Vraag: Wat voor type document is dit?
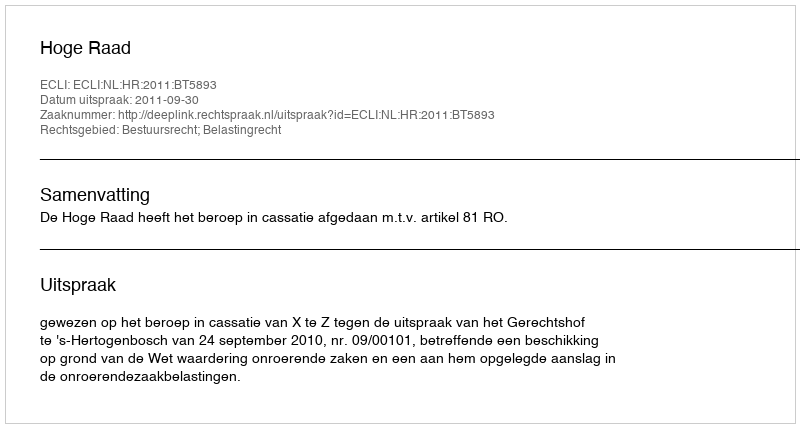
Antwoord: Uitspraak